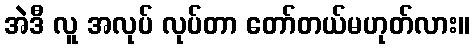
အဲဒီ လူ အလုပ် လုပ်တာ တော်တယ်မဟုတ်လား။